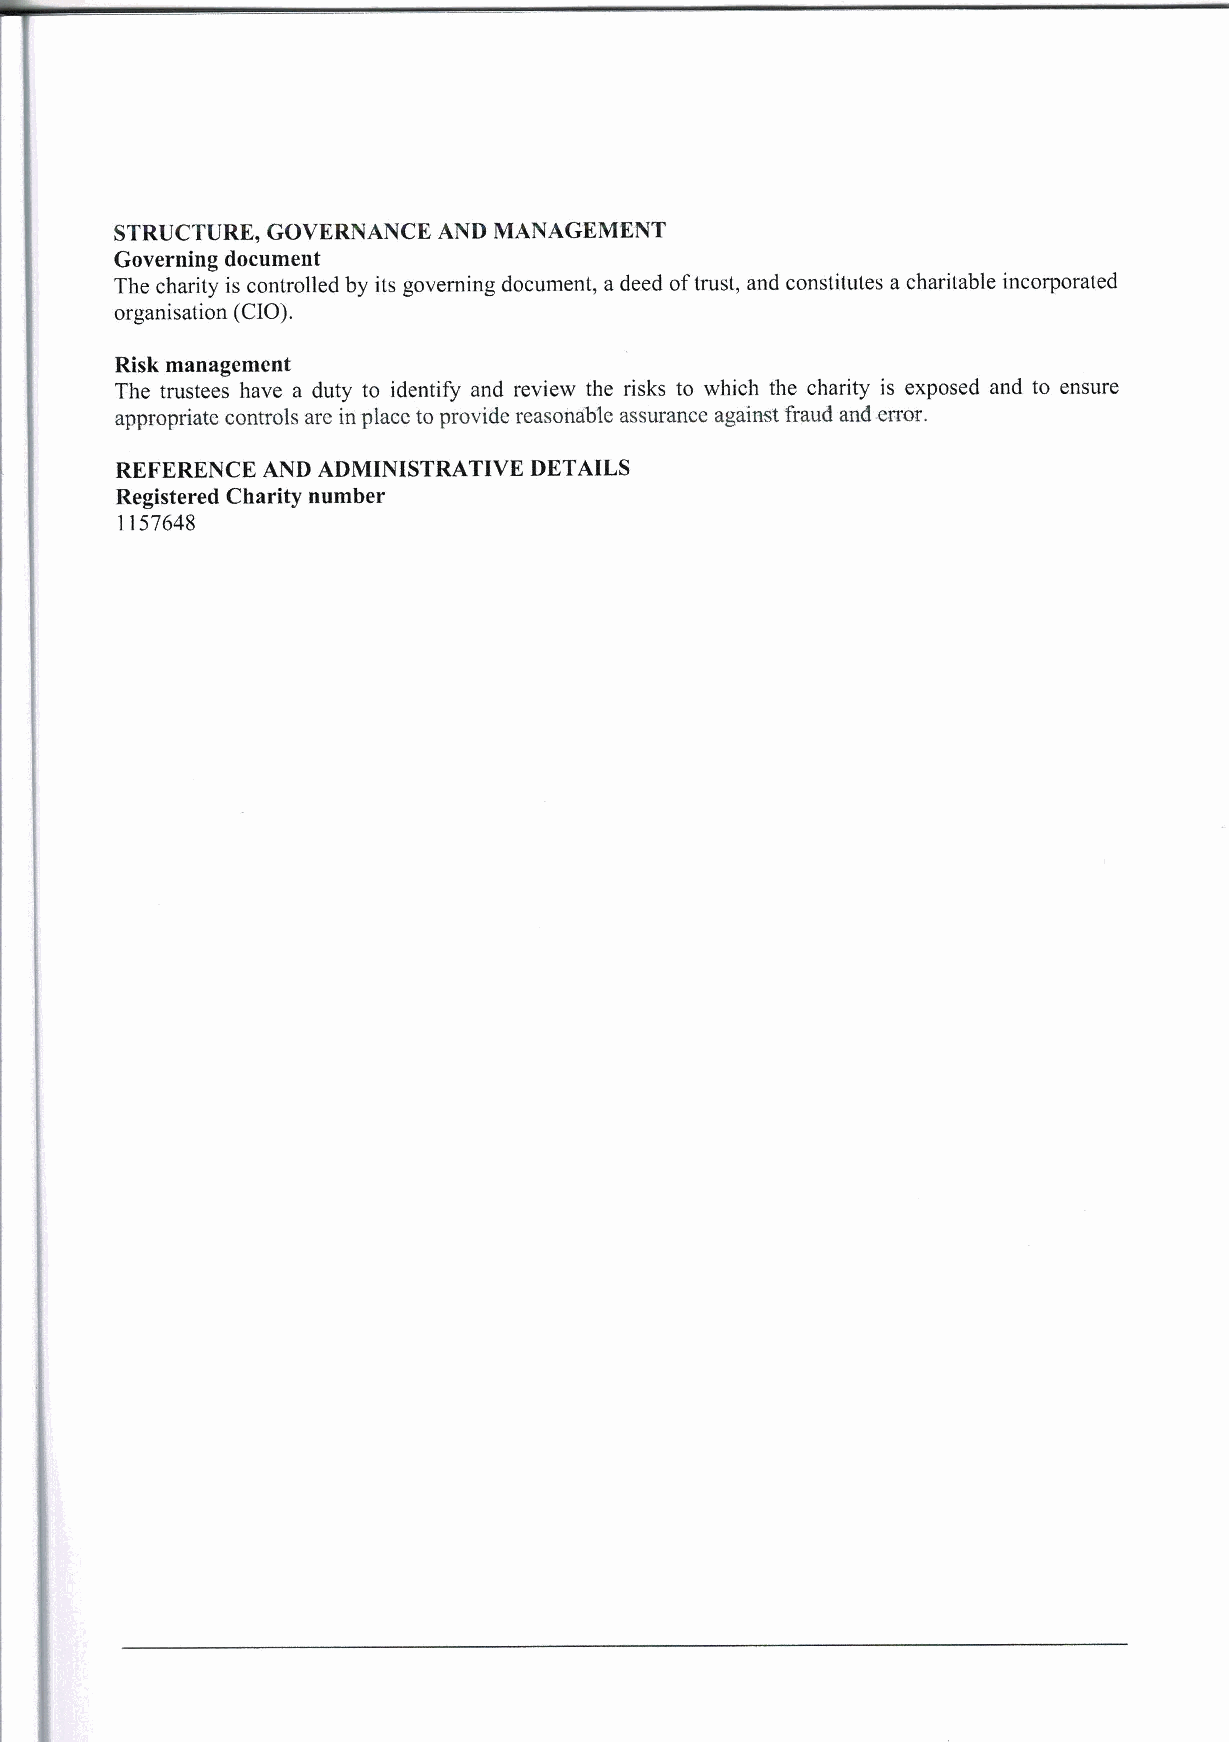
STRUCTURE, GOVERNANCE AND MANAGEMENT
 Governing document
 The charity is controlled by its governing document, a deed oftrust, and constitutes a charitable incorporated
 organisation (CIO).
 Risk management
 The trustees have a duty to identify and review the risks to which the charity is exposed and to ensure
 appropriate controls are in place to provide reasonable assurance against fraud and error.
 REFERENCE AND ADMINISTRATIVE DETAILS
 Registered Charity number
 1157648